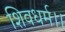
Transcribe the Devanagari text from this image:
शिवधर्म।।